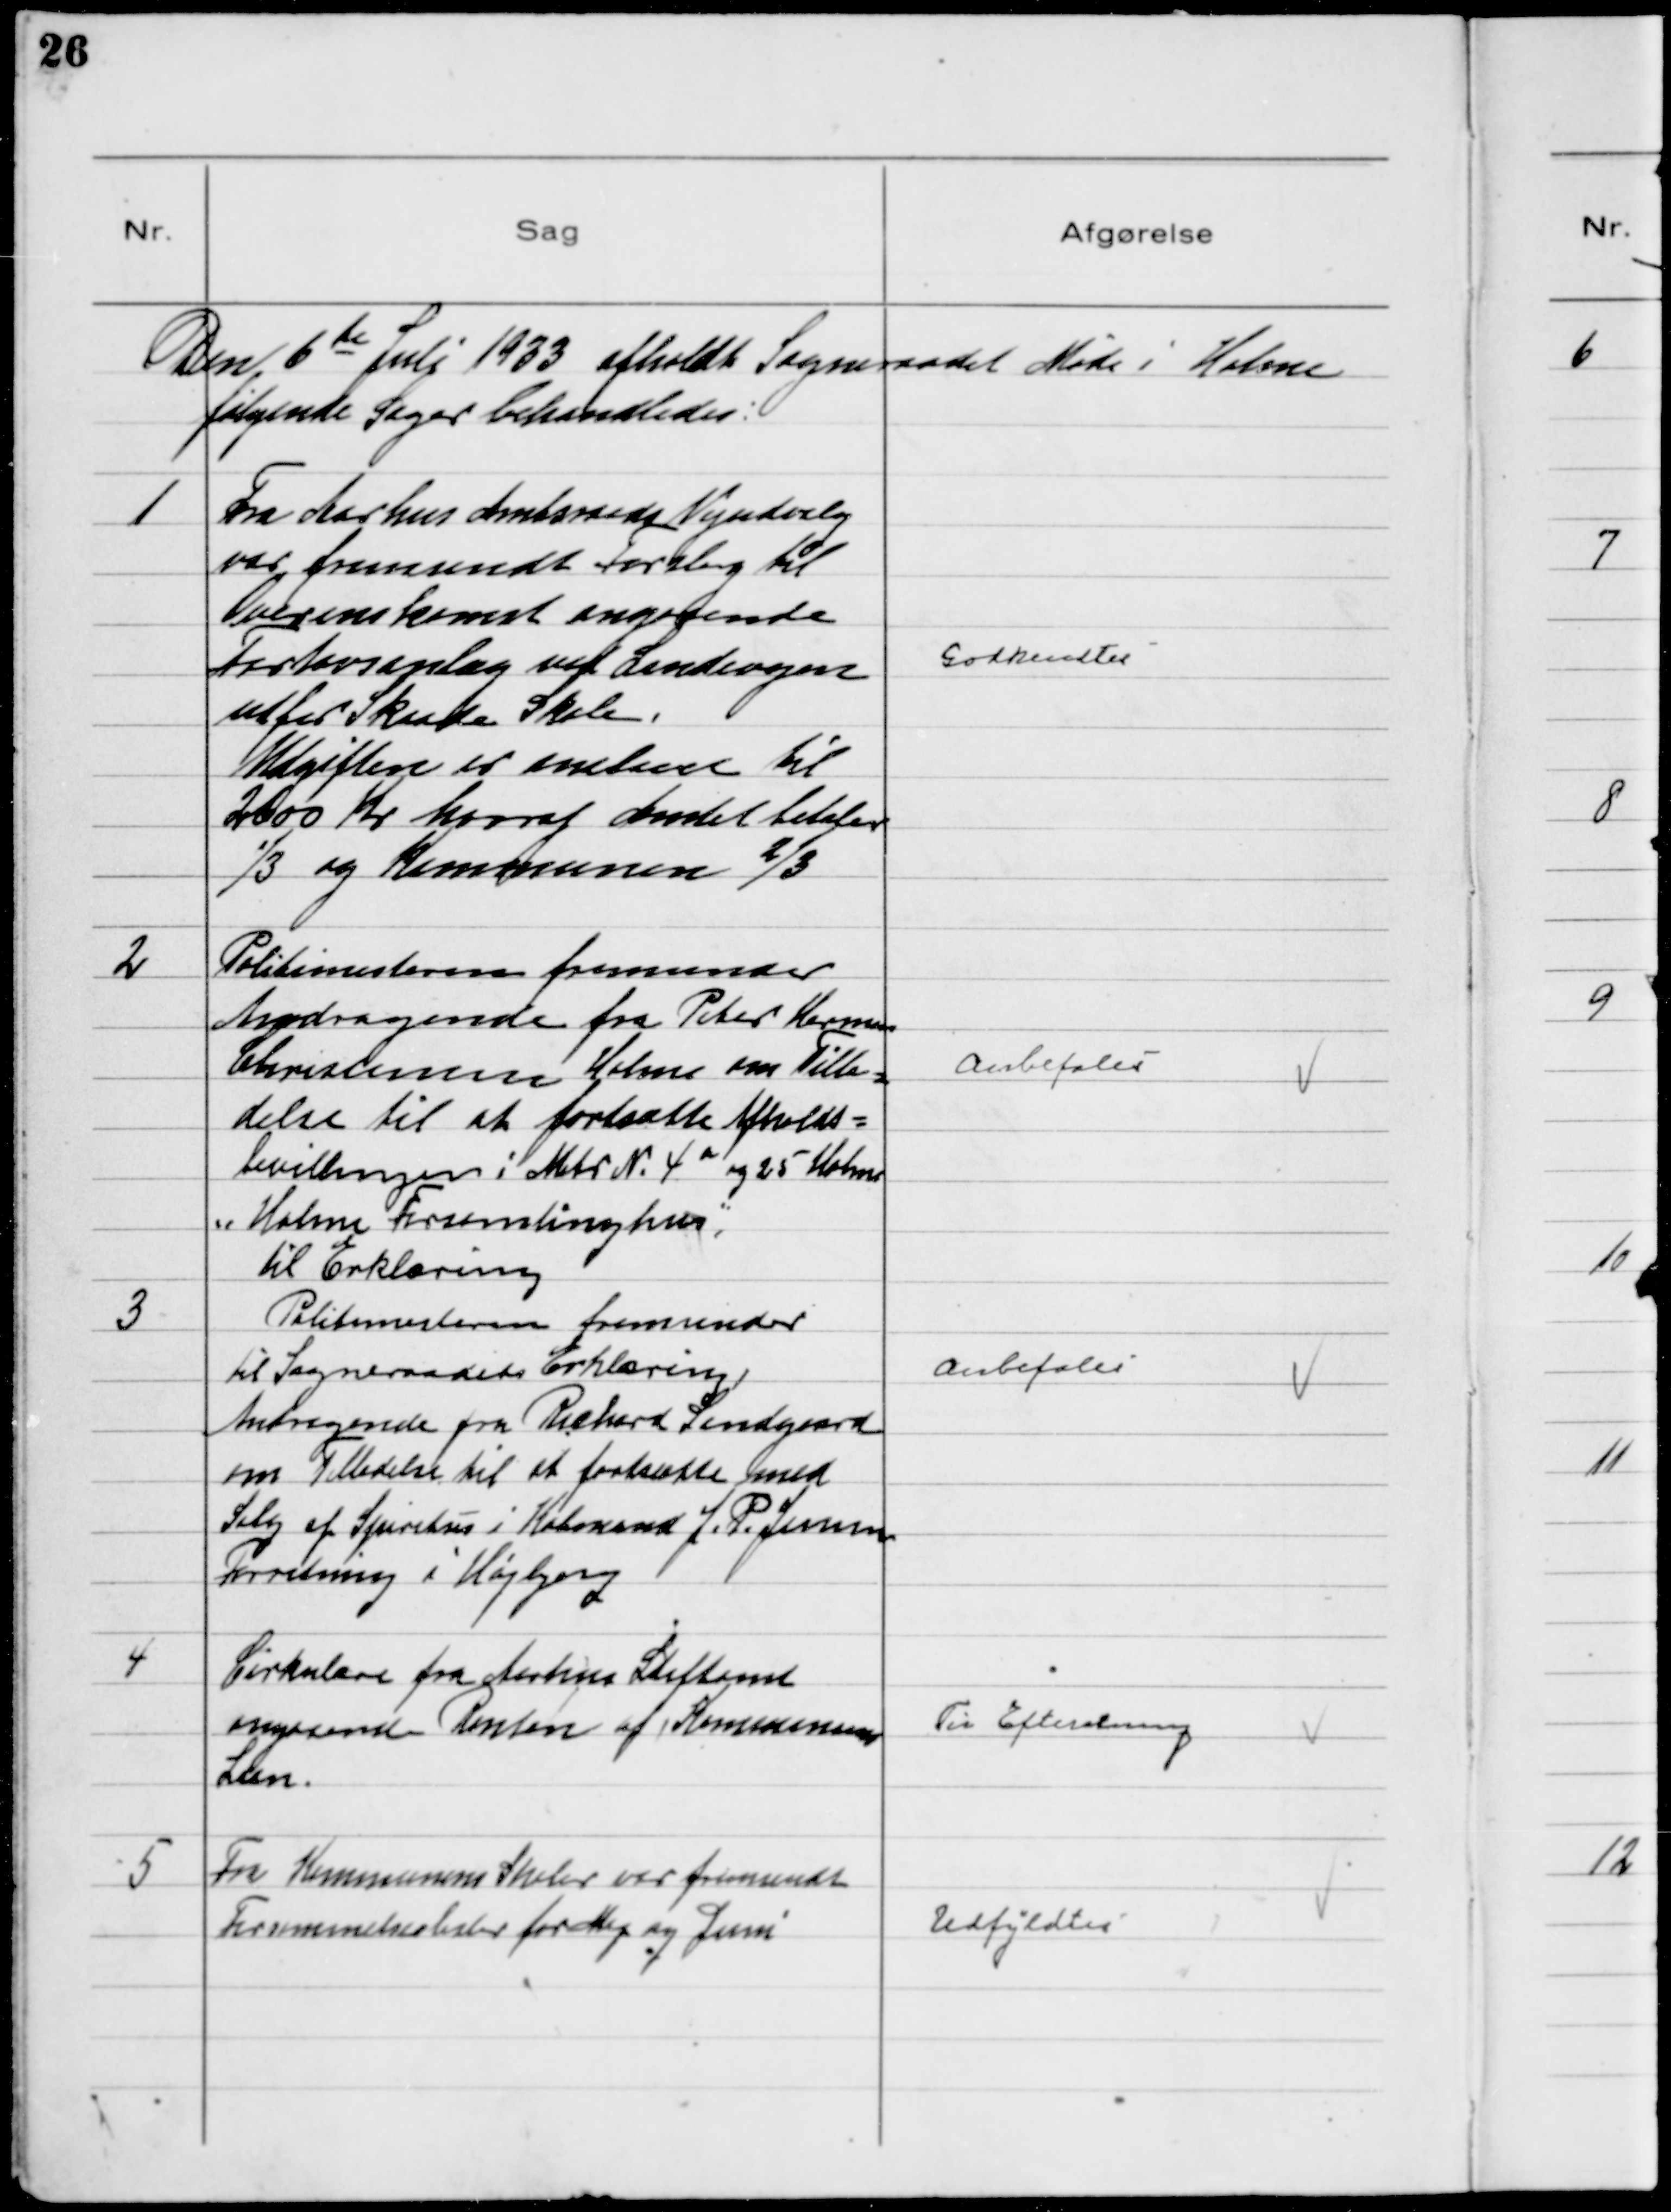
Transskription:
Den 6 de Juli 1933 afholdt Sogneraadet Møde i Holme
følgende Sager behandledes:

1
Fra Aarhus Amtsraads Vejudvalg
var fremsendt Forslag til
Overenskomst angaaende
Fortovsanlæg ved Landevejen
efter Skaade Skole.
Udgiften er anslaaet til
2000 Kr hvoraf Amtet betaler
⅓ og Kommunen ⅔

Godkendtes

2
Politimesteren fremsender
Andragende fra Peter Herman
Christensen Holme om Tilla-
delse til at fortsætte Afholds-
bevillingen i Matr № 4 a og 25 Holme
"Holme Forsamlingshus",
til Erklæring

Anbefales

3
Politimesteren fremsender
til Sogneraadets Erklæring
Andragende fra Richard Lindgaard
om Tilladelse til at fortsætte med
Salg af Spititus i Købmand J. P. Jensens
Forretning i Højbjerg

Anbefales

4
Cirkulære fra Aarhus Stiftamt
angaaende Renten af Kommunens
Laan.

Til Efteretning

5
Fra Kommunens Skoler var fremsendt
Forsømmelseslister for Maj og Juni

Udfyldtes